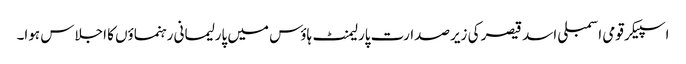
اسپیکر قومی اسمبلی اسد قیصر کی زیرصدارت پارلیمنٹ ہاؤس میں پارلیمانی رہنماؤں کا اجلاس ہوا۔